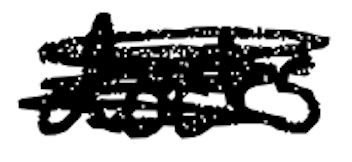
Text: docks
Cross-out: scratch
Writing tool: digital_black